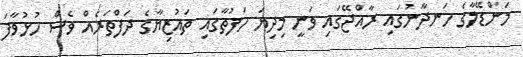
މަންޑޭލާގެ ހަނދާނުގައި ރާއްޖޭގައި ވަނީ މިދިޔަ ހަފުތާގައި ތައުޒިޔާގެ ދަފްތަރެއް ވެސް ހުޅުވާފަ